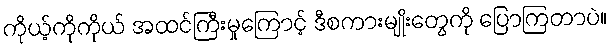
ကိုယ့်ကိုကိုယ် အထင်ကြီးမှုကြောင့် ဒီစကားမျိုးတွေကို ပြောကြတာပဲ။